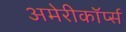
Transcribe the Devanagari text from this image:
अमेरीकॉर्प्स